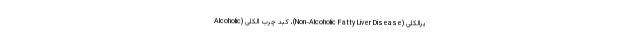
یرالکلی (Non-Alcoholic Fatty Liver Disease)، کبد چرب الکلی (Alcoholic